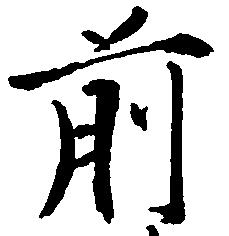
前